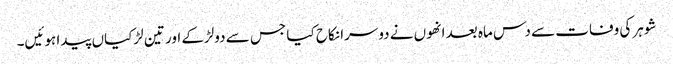
شوہر کی وفات سے دس ماہ بعد انھوں نے دوسرا نکاح کیا جس سے دولڑکے اور تین لڑکیاں پیدا ہوئیں۔